Indian journal of veterinary science and animal husbandry - Volume 11,
Year: 1941
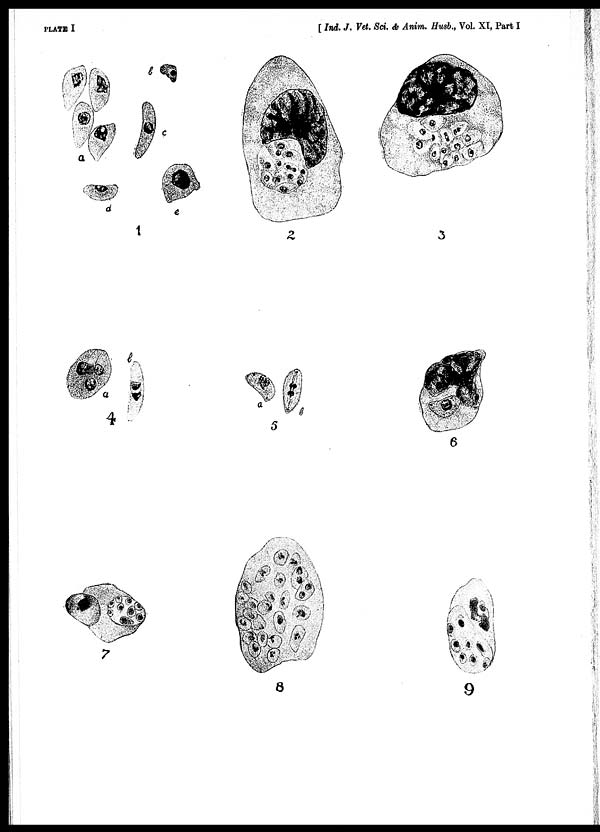
PLATE
I
[ Ind. J. Vet. Sci. & Anim. Husb., Vol. XI, Part I